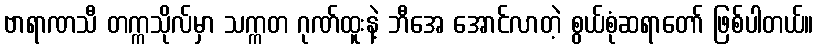
ဗာရာဏသီ တက္ကသိုလ်မှာ သက္ကတ ဂုဏ်ထူးနဲ့ ဘီအေ အောင်လာတဲ့ စွယ်စုံဆရာတော် ဖြစ်ပါတယ်။